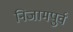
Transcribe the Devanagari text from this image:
निजामपुर्व